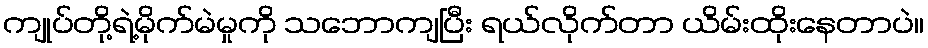
ကျုပ်တို့ရဲ့မိုက်မဲမှုကို သဘောကျပြီး ရယ်လိုက်တာ ယိမ်းထိုးနေတာပဲ။